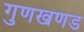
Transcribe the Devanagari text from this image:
गुणखणड